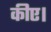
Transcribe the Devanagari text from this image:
कीए।